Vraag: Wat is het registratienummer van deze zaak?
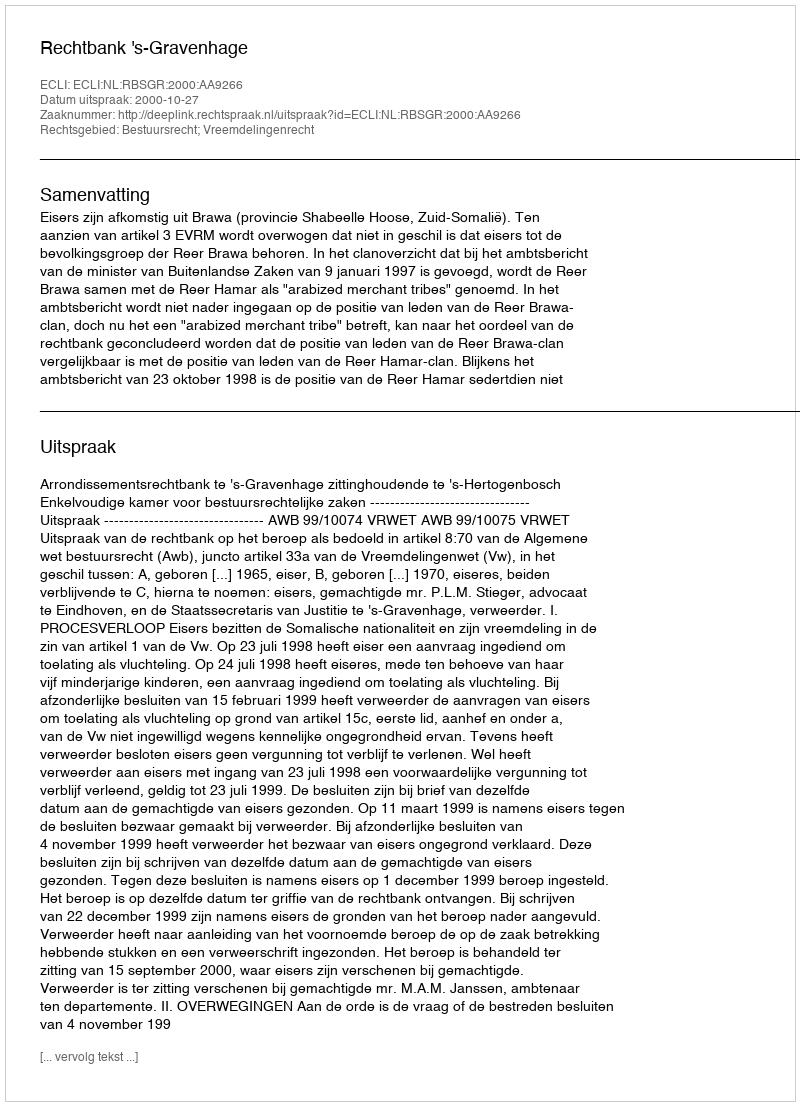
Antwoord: http://deeplink.rechtspraak.nl/uitspraak?id=ECLI:NL:RBSGR:2000:AA9266